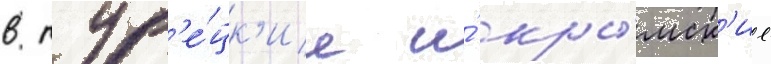
в тур'е́цк'ие и́ кры́мск'ие